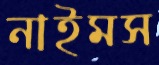
নাইমস